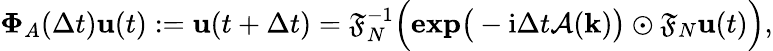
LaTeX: \mathbf{\Phi}_{A}(\Delta t)\mathbf{u}(t):=\mathbf{u}(t+\Delta t)=\mathfrak{F}_{N}^{-1}\Big(\mathbf{exp}\big(-\mathrm{i}\Delta t\mathcal{A}(\mathbf{k})\big)\odot\mathfrak{F}_{N}\mathbf{u}(t)\Big),